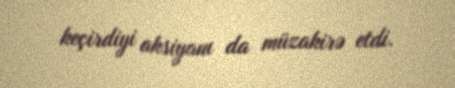
keçirdiyi aksiyanı da müzakirə etdi.